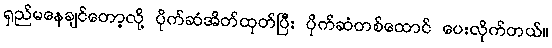
ရှည်မနေချင်တော့လို့ ပိုက်ဆံအိတ်ထုတ်ပြီး ပိုက်ဆံတစ်ထောင် ပေးလိုက်တယ်။